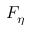
F _ { \eta }